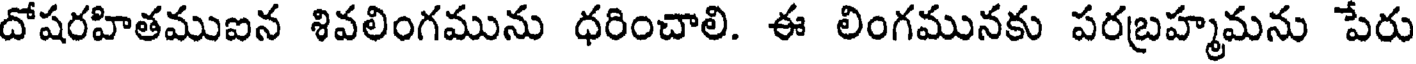
దోషరహితముఐన శివలింగమును ధరించాలి. ఈ లింగమునకు పరబ్రహ్మమను పేరు